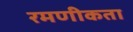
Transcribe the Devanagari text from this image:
रमणीकता